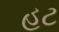
હટ